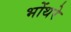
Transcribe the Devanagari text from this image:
भोंथरे